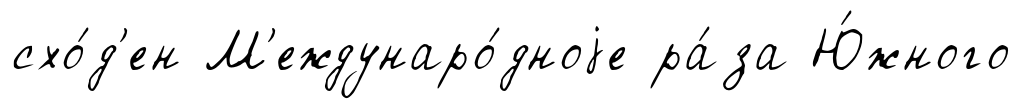
схо́д'ен М'еждунаро́дноjе ра́за Ю́жного